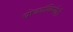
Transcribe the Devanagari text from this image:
घोड्यांविष्यीही